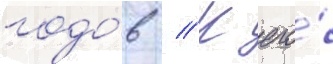
годо́в // К его́